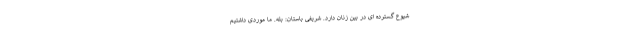
شیوع گسترده ای در بین زنان دارد. شریفی باستان: بله. ما موردی داشتیم